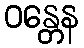
ဝန္တေန